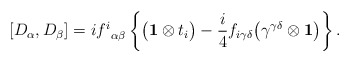
\begin{align*}[D_\alpha,D_\beta]=i{f^i}_{\alpha\beta}\left\{\bigl({\bf 1}\otimes t_i\bigr) - {i\over 4}f_{i\gamma\delta}\bigl(\gamma^{\gamma\delta}\otimes{\bf 1}\bigr)\right\}.\end{align*}